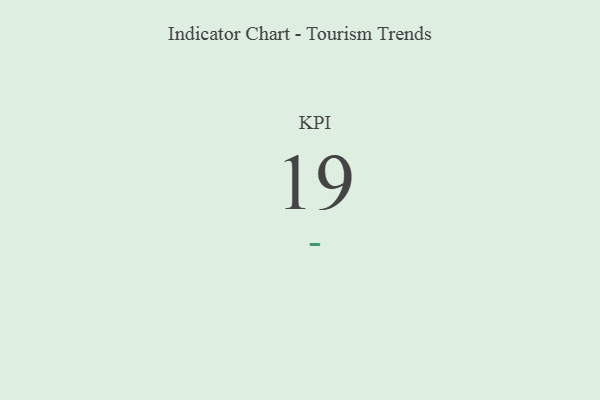
{"axis": {"x": "KPI", "y": "Value"}, "legend": [""], "data": [{"x": "KPI", "y": 19, "type": ""}]}